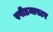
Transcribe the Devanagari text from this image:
स्पीडमास्टर